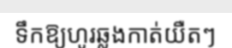
ទឹកឱ្យហូរឆ្លងកាត់យឺតៗ